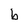
Character: b